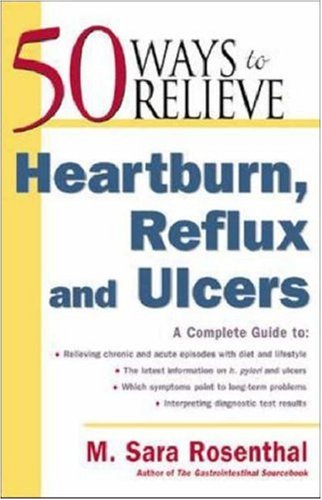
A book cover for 50 Ways to Relieve Heartburn, Reflux and Ulcers; M. Sara Rosenthal; Health, Fitness & Dieting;